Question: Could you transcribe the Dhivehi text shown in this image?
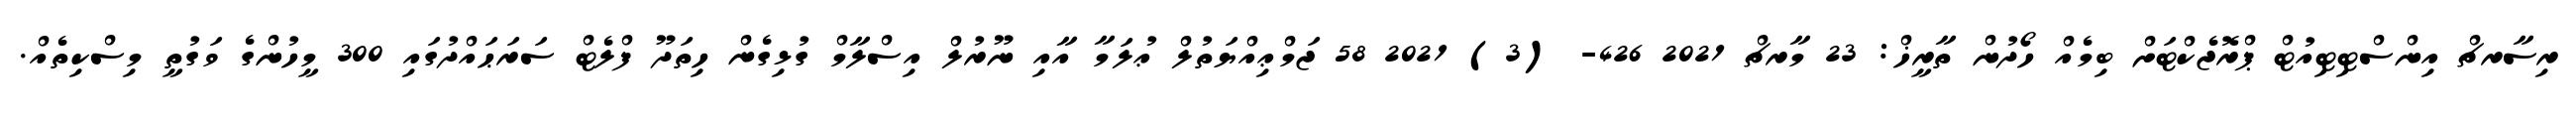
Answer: ރިސާރޗް އިންސްޓިޓިއުޓް ޕްރޮޖެކްޓަށް ބިމެއް ހޯދުން ތާރީޚް: 23 މާރޗް 2021 426- (3) 2021 58 ޖަމްޢިއްޔަތުލް ޢުލަމާ އާއި ނޫރުލް އިސްލާމް ގުޅިގެން ހިތަދޫ ފްލެޓް ސަރަޙައްދުގައި 300 މީހުންގެ ވަގުތީ މިސްކިތެއް.